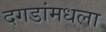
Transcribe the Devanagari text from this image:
दगडांमधला